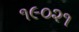
૧૯૦૨૧